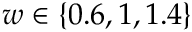
w \in \{ 0 . 6 , 1 , 1 . 4 \}